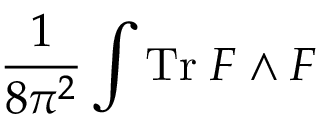
\frac { 1 } { 8 \pi ^ { 2 } } \int \mathrm { T r } \; F \wedge F